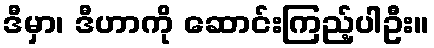
ဒီမှာ၊ ဒီဟာကို ဆောင်းကြည့်ပါဦး။